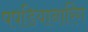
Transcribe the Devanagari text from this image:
पपडियानारिंग